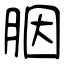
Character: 胭